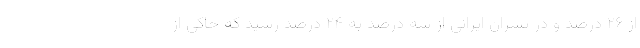
از ۲۶ درصد و در پسران ایرانی از سه درصد به ۲۴ درصد رسید که حاکی از